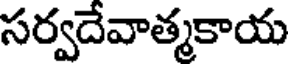
సర్వదేవాత్మకాయ